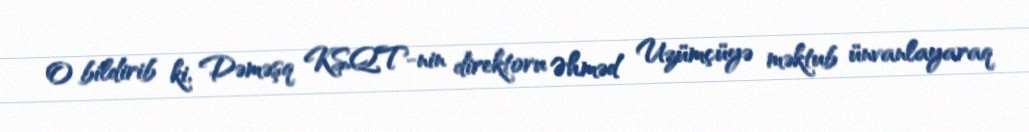
O bildirib ki, Dəməşq KSQT-nin direktoru Əhməd Uzümçüyə məktub ünvanlayaraq